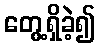
တွေ့ရှိခဲ့၍